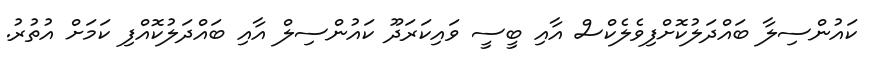
ކައުންސިލާ ބައްދަލުކޮށްފިވެލެކްސް އާއި ބީސީ ވައިކަރަދޫ ކައުންސިލް އާއި ބައްދަލުކޮއްފި ކަމަށް އުތުރު.